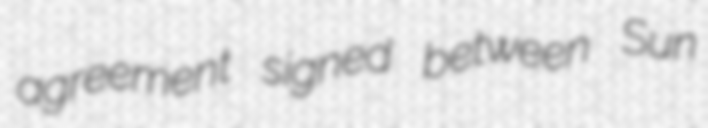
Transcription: agreement signed between Sun